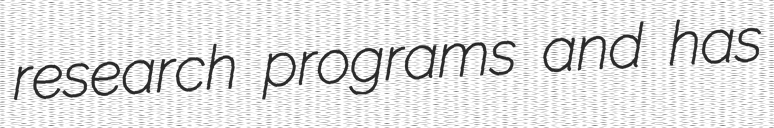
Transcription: research programs and has